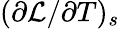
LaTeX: (\partial\mathcal{L}/\partial T)_{s}